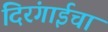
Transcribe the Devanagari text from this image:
दिरंगाईचा